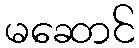
မဆောင်